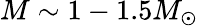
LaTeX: M\sim 1-1.5M_{\odot}